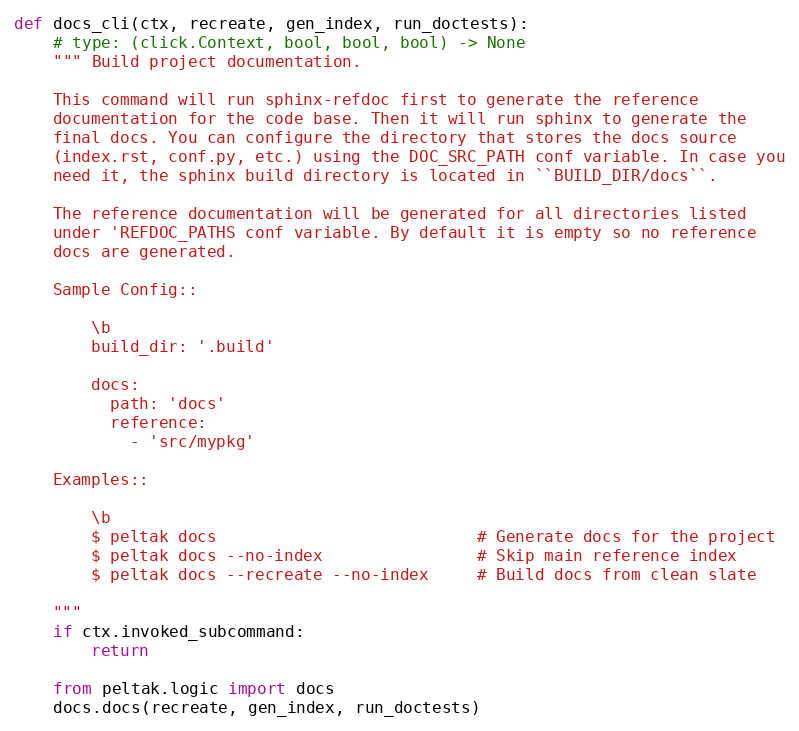
Language: Python
def docs_cli(ctx, recreate, gen_index, run_doctests):
    # type: (click.Context, bool, bool, bool) -> None
    """ Build project documentation.

    This command will run sphinx-refdoc first to generate the reference
    documentation for the code base. Then it will run sphinx to generate the
    final docs. You can configure the directory that stores the docs source
    (index.rst, conf.py, etc.) using the DOC_SRC_PATH conf variable. In case you
    need it, the sphinx build directory is located in ``BUILD_DIR/docs``.

    The reference documentation will be generated for all directories listed
    under 'REFDOC_PATHS conf variable. By default it is empty so no reference
    docs are generated.

    Sample Config::

        \b
        build_dir: '.build'

        docs:
          path: 'docs'
          reference:
            - 'src/mypkg'

    Examples::

        \b
        $ peltak docs                           # Generate docs for the project
        $ peltak docs --no-index                # Skip main reference index
        $ peltak docs --recreate --no-index     # Build docs from clean slate

    """
    if ctx.invoked_subcommand:
        return

    from peltak.logic import docs
    docs.docs(recreate, gen_index, run_doctests)